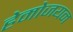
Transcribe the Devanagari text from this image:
हेमोजयन